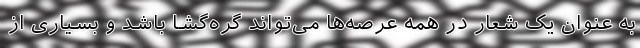
به عنوان یک شعار در همه عرصه‌ها می‌تواند گره‌گشا باشد و بسیاری از